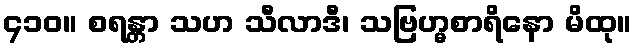
၄၁၀။ စရန္တာ သဟ သီလာဒီ၊ သဗြဟ္မစာရိနော မိထု။